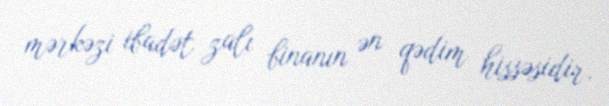
mərkəzi ibadət zalı binanın ən qədim hissəsidir.